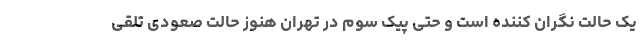
یک حالت نگران کننده است و حتی پیک سوم در تهران هنوز حالت صعودی تلقی